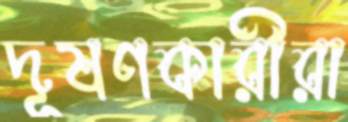
দূষণকারীরা